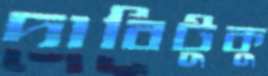
দাবিটুকু